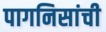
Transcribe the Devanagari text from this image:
पागनिसांची